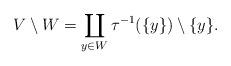
LaTeX: \begin{align*}V \setminus W = \coprod \limits_{y \in W} \tau^{-1}(\{y\}) \setminus \{y\}.\end{align*}